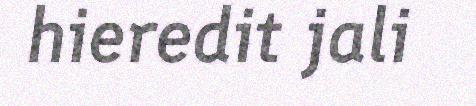
hieredit jali